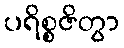
ပရိစ္စဇိတွာ